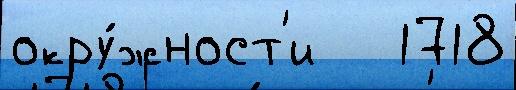
окру́жност'и   1718